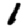
Digit: 1